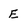
Character: E